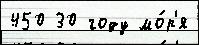
450 30 году мо́р'я